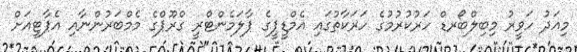
މިއަދު ހަވީރު މިބިލްބޯރޑް ހަރުކުރުމުގެ ހަރަކާތުގައި އެމްޑީޕީގެ ޕާލަމެންޓްރީ ގްރޫޕްގެ މެމްބަރުންނާއި އެޕާޓީއަށް